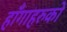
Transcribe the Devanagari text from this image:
हाँगाहरुको